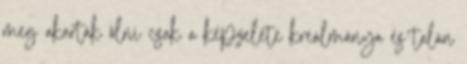
meg akarták ölni csak a képzelete kreálmánya és talán